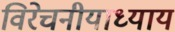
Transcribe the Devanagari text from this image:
विरेचनीयाध्याय